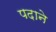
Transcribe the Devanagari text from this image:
पदाने